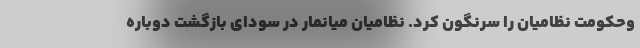
وحکومت نظامیان را سرنگون کرد. نظامیان میانمار در سودای بازگشت دوباره